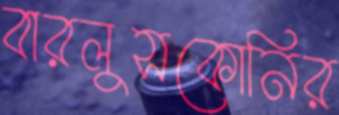
বারলুসকোনির